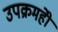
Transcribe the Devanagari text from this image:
उपक्रमहीे